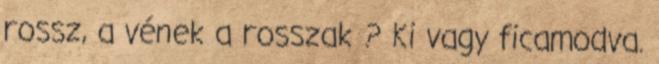
rossz, a vének a rosszak ? Ki vagy ficamodva.